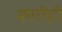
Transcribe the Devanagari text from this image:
मगरीही